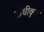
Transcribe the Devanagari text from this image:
बाँधीकृत